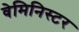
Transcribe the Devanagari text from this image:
वेमिनिस्टर